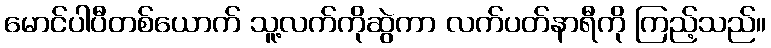
မောင်ပါပီတစ်ယောက် သူ့လက်ကိုဆွဲကာ လက်ပတ်နာရီကို ကြည့်သည်။